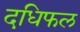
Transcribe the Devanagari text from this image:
दधिफल